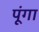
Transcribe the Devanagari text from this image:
पूंगा